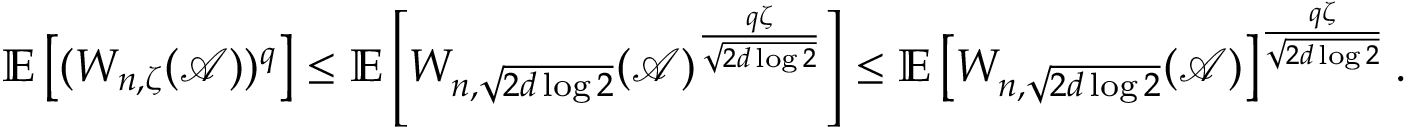
{ \ensuremath { \mathbb E } } \left[ ( W _ { n , \zeta } ( { \ensuremath { \mathcal A } } ) ) ^ { q } \right] \le { \ensuremath { \mathbb E } } \left[ W _ { n , \sqrt { 2 d \log 2 } } ( { \ensuremath { \mathcal A } } ) ^ { \frac { q \zeta } { \sqrt { 2 d \log 2 } } } \right] \le { \ensuremath { \mathbb E } } \left[ W _ { n , \sqrt { 2 d \log 2 } } ( { \ensuremath { \mathcal A } } ) \right] ^ { \frac { q \zeta } { \sqrt { 2 d \log 2 } } } .